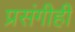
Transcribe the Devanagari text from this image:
प्रसंगीही